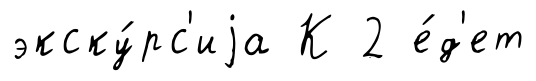
экску́рс'иjа К 2 е́д'ет